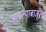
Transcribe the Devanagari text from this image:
आपल्याबाजूला